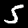
Digit: 5